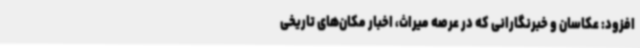
افزود: عکاسان و خبرنگارانی که در عرصه میراث، اخبار مکان‌های تاریخی